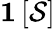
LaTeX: \mathbf{1}\left[\mathcal{S}\right]